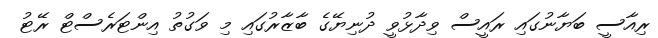
ރިއާސީ ބަޔާނުގައި ރައީސް ވިދާޅުވީ ދުނިޔޭގެ ބާޒާރުގައި މި ވަގުތު އިންޓަރެސްޓް ރޭޓު